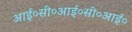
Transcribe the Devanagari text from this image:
आई०सी०आई०सी०आई०